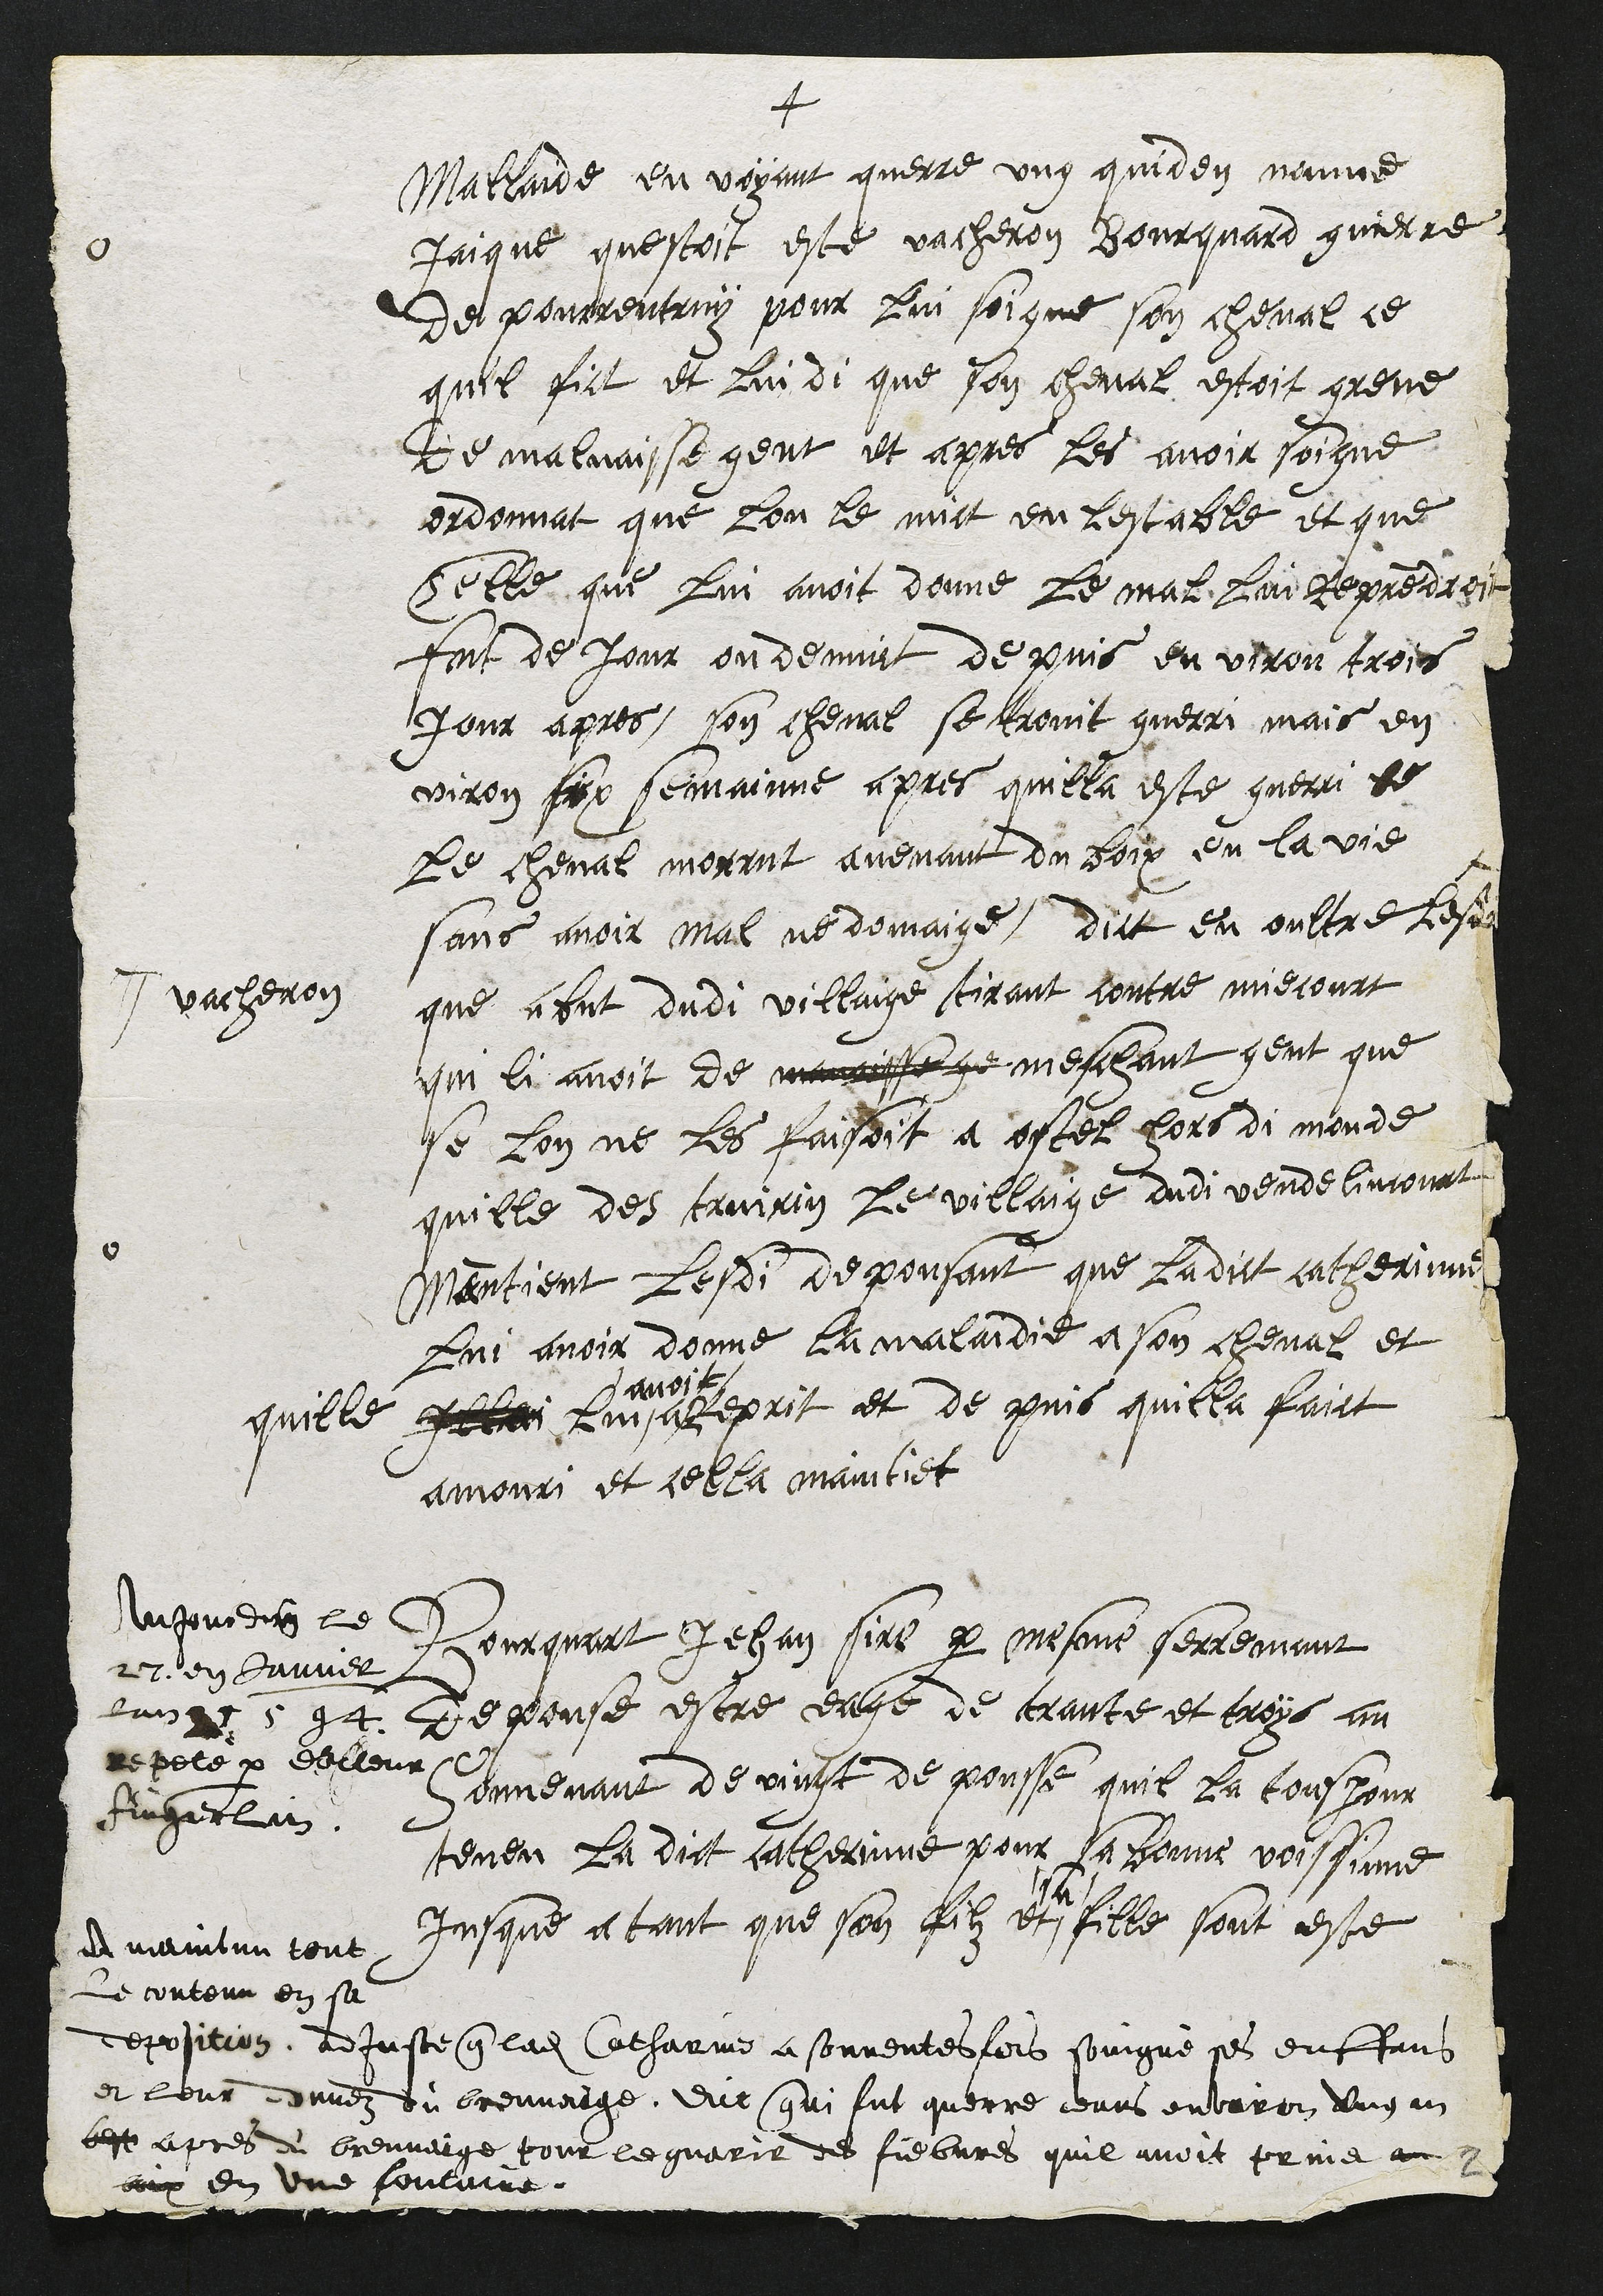
+
Mallaide en voyant querre ung quiden nomme
Jaique questoit este vacheron Bourquard Guierre
de pourrentruy pour lui soigne son cheval ce
quil fict et lui di que son cheval estoit greve
de malvaisse gent et apres les avoir soigne
ordonnat que lon le mit en lestable et que
Celle que lui avoit donne le mal lui reprendroit
soit de jour ou de nuict de puis en viron trois
jour apres, son cheval se trovit guerri mais en
viron six semainne apres quilla este gueri le
le cheval morrut avenant du boix en la vie
sans avoir mal ne domaige, dict en oultre lesdi
# vacheron
que abut dudi villaige tirant contre miecourt
qui li avoit de mavaisse ge meshant gent que
se lon ne les faisoit a ostel hors di monde
quille des truirin le villaige dudi vendelincourt
mantient lesdi depousant que ladict catherinne
lui avoir donne la maladie a son cheval et
quille Illai Lui #
# avoit
a reprit et de puis quilla faict
amouri et cella maintiet
Bourquart Jehan sire par mesme serremant
depouse estre eage de trante et troys an
souvenant de vingt de pousse quil la tousjour
teneu La dict catherinne pour sa bonne voissinne
jusque a tant que son filz et #
# sa
fille sont este
Aujourdhuy le
27 en Janvier
lan 1 1594
repete par docteur
Fingerlain
A maintenu tout
Le contenu en sa
deposition, adjouste que ladite Catharinne a souventesfois soingné ses enffans
et leur donnez du breuvaige, dit qui fut querre deans environ ung an
beste apres du breuvaige pour le guerir des fiebvres quil avoit prins a
aix en une fontaine
2